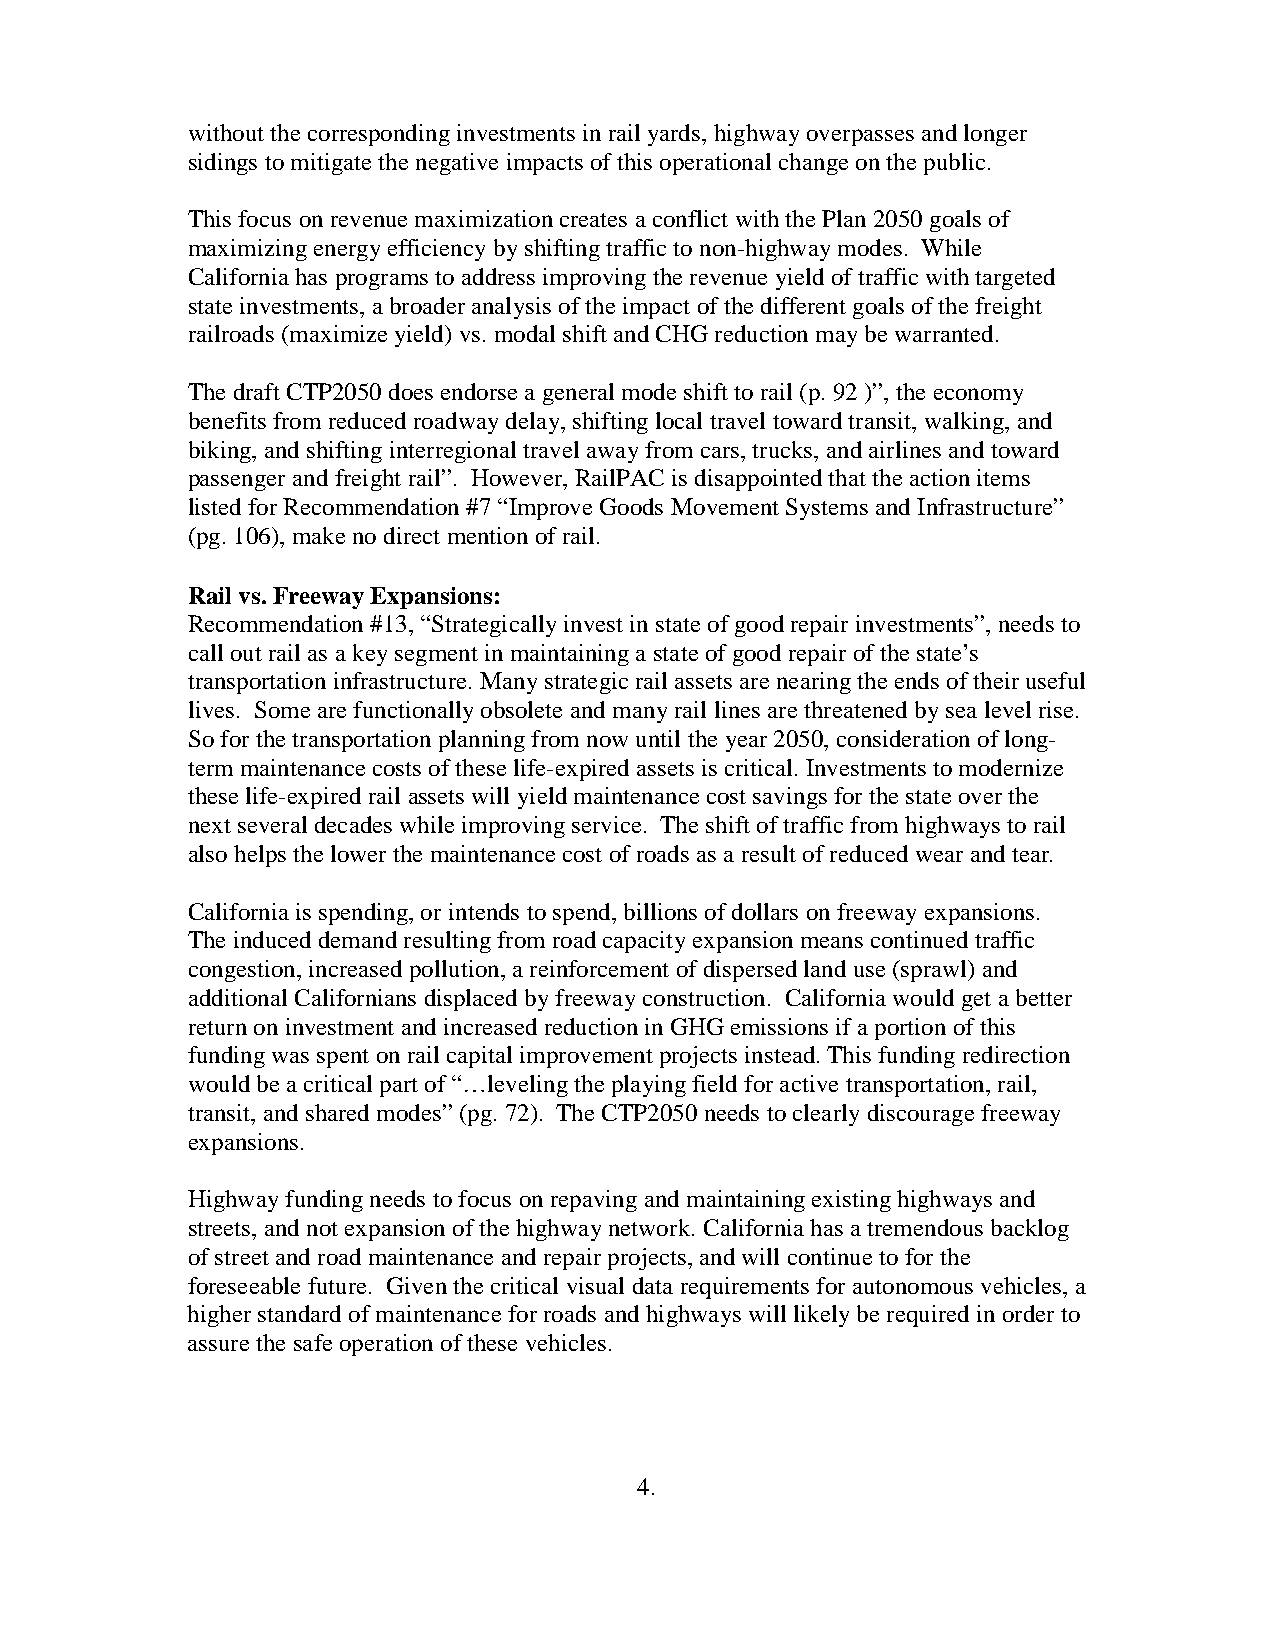
without the corresponding investments in rail yards, highway overpasses and longer
 sidings to mitigate the negative impacts of this operational change on the public.
 This focus on revenue maximization creates a conflict with the Plan 2050 goals of
 maximizing energy efficiency by shifting traffic to non-highway modes. While
 California has programs to address improving the revenue yield of traffic with targeted
 state investments, a broader analysis of the impact of the different goals of the freight
 railroads (maximize yield) vs. modal shift and CHG reduction may be warranted.
 The draft CTP2050 does endorse a general mode shift to rail (p. 92 )”, the economy
 benefits from reduced roadway delay, shifting local travel toward transit, walking, and
 biking, and shifting interregional travel away from cars, trucks, and airlines and toward
 passenger and freight rail”. However, RailPAC is disappointed that the action items
 listed for Recommendation #7 “Improve Goods Movement Systems and Infrastructure”
 (pg. 106), make no direct mention of rail.
 Rail vs. Freeway Expansions:
 Recommendation #13, “Strategically invest in state of good repair investments”, needs to
 call out rail as a key segment in maintaining a state of good repair of the state’s
 transportation infrastructure. Many strategic rail assets are nearing the ends of their useful
 lives. Some are functionally obsolete and many rail lines are threatened by sea level rise.
 So for the transportation planning from now until the year 2050, consideration of long-
 term maintenance costs of these life-expired assets is critical. Investments to modernize
 these life-expired rail assets will yield maintenance cost savings for the state over the
 next several decades while improving service. The shift of traffic from highways to rail
 also helps the lower the maintenance cost of roads as a result of reduced wear and tear.
 California is spending, or intends to spend, billions of dollars on freeway expansions.
 The induced demand resulting from road capacity expansion means continued traffic
 congestion, increased pollution, a reinforcement of dispersed land use (sprawl) and
 additional Californians displaced by freeway construction. California would get a better
 return on investment and increased reduction in GHG emissions if a portion of this
 funding was spent on rail capital improvement projects instead. This funding redirection
 would be a critical part of “…leveling the playing field for active transportation, rail,
 transit, and shared modes” (pg. 72). The CTP2050 needs to clearly discourage freeway
 expansions.
 Highway funding needs to focus on repaving and maintaining existing highways and
 streets, and not expansion of the highway network. California has a tremendous backlog
 of street and road maintenance and repair projects, and will continue to for the
 foreseeable future. Given the critical visual data requirements for autonomous vehicles, a
 higher standard of maintenance for roads and highways will likely be required in order to
 assure the safe operation of these vehicles.
 4.